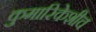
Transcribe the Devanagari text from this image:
कुमारिकेशीच